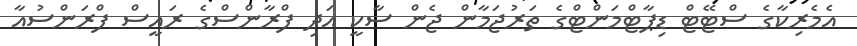
އެމެރިކާގެ ސްޓޭޓް ޑިޕާޓްމަންޓްގެ ތަރުޖަމާން ޖެން ސާކީ އަދި ފްރާންސްގެ ރައީސް ފްރަންސުއާ